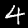
Label: 4